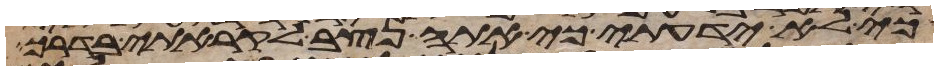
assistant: כי לא ידעתי כי אתה נצב לקראתי בדרך